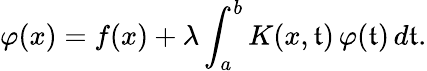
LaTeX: \varphi(x)=f(x)+\lambda\int_{a}^{b}K(x,\mathfrak{t})\, \varphi(\mathfrak{t})\, d\mathfrak{t}.